Annual statistical returns and brief notes on vaccination in Bengal - 1887-1898
Year: 1887
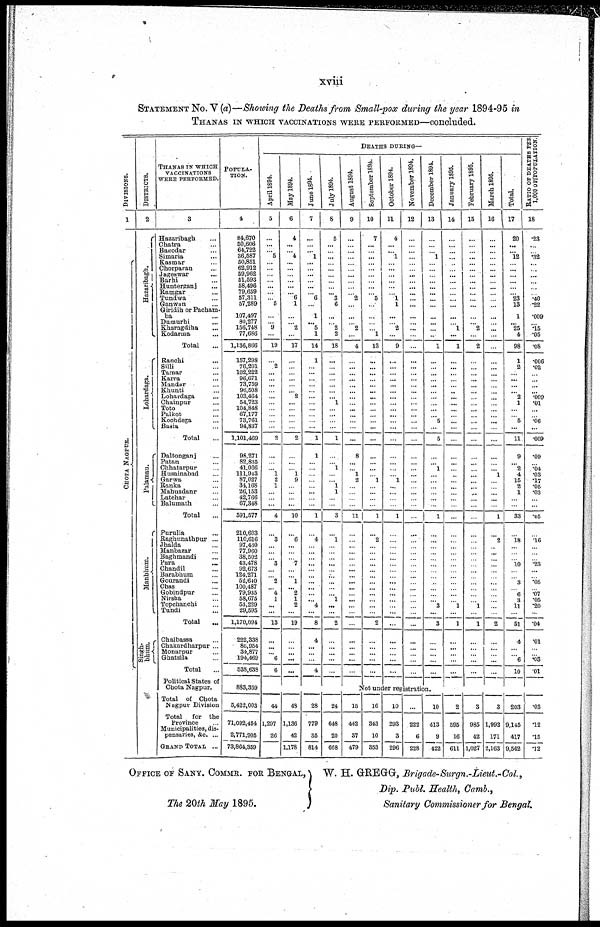
xviii
STATEMENT No. V (a)—Showing the Deaths from Small-pox during the year 1894-95 in
THANAS IN WHICH VACCINATIONS WERE PERFORMED—concluded.
DIVISIONS.
1
CHOTA NAGPUR.
DISTRICTS.
2
Hazaribagh.
Lohardaga.
Palamau.
Manbhum.
Singh-
bhum.
THANAS IN WHICH
VACCINATIONS
WERE PERFORMED.
3
Hazaribagh ...
Chatra ...
Bagodar ...
Simaria ...
Kasmar ...
Chorparan ...
Jageswar ...
Barhi ...
Hunterganj ...
Ramgar ...
Tundwa ...
Ganwan ...
Giridih or Pacham-
ba ...
Dumurhi ...
Kharagdiha ...
Kodarma ...
Total ...
Ranchi ...
Silli ...
Tamar ...
Karra ...
Mandar ...
Khunti ...
Lohardaga ...
Chainpur ...
Toto ...
Palkot ...
Kochdega ...
Basia ...
Total ...
Daltonganj ...
Patan ...
Chhatarpur ...
Husainabad ...
Garwa ...
Ranka ...
Mahuadanr ...
Latehar ...
Balumath ...
Total ...
Purulia ...
Raghunathpur ...
Jhalda ...
Manbazar ...
Baghmandi ...
Para ...
Chandil ...
Barabhum ...
Gourandi ...
Chas ...
Gobindpur ...
Nirsha ...
Topchanchi ...
Tundi ...
Total ...
Chaibassa ...
Chakardharpur ...
Monarpur ...
Ghatsila ...
Total ...
Political States of
Chota Nagpur.
Total of Chota
Nagpur Division
Total for the
Province ...
Municipalities, dis-
pensaries, &c. ...
GRAND TOTAL ...
POPULA-
TION.
4
84,670
50,606
64,722
36,587
50,851
62,912
59,962
51,593
58,496
79,659
57,311
57,289
107,497
80,277
156,748
77,686
1,136,866
157,298
76,201
102,222
96,671
73,759
96,508
103,464
54,723
104,848
67,177
73,761
94,837
1,101,469
98,271
82,835
41,066
111,943
87,027
34,168
26,153
42,766
67,348
591,577
210,603
110,616
97,430
77,960
38,502
43,478
92,673
124,271
52,640
100,487
79,935
58,675
53,229
29,595
1,170,094
222,338
86,954
34,877
194,469
538,638
883,359
5,422,003
71,092,454
2,771,905
73,864,359
DEATHS DURING—
April 1894.
5
...
...
...
5
...
...
...
...
...
...
...
5
...
...
9
...
19
...
2
...
...
...
...
...
...
...
...
...
...
2
...
...
... 1
2
1
...
...
...
4
...
3
...
...
...
3
...
...
2
...
4
1
...
...
13
...
...
...
6
6
May 1894.
6
4
...
... 4
...
...
...
... ...
...
6
1
...
...
2
...
17
...
...
...
...
...
...
2
...
...
...
...
...
2
...
...
... 1
9
...
...
...
...
10
...
6
...
...
...
7
...
...
1
... 2
1
2
...
19
...
...
...
...
...
June 1894.
7
...
...
... 1
...
...
...
...
...
...
6
...
1
... 5
1
14
1
...
...
...
...
...
...
...
...
...
...
...
1
1
...
...
...
...
...
...
...
...
1
...
4
...
...
...
...
...
...
...
...
...
... 4
...
8
4
...
...
...
4
July 1894.
8
5
...
...
...
...
...
...
...
...
... 3
6
...
...
2
2
18
...
...
...
...
...
...
... 1
...
...
...
...
1
...
... 1
...
... 1
1
...
...
3
...
1
...
...
...
...
...
...
...
...
... 1
...
...
2
...
...
...
...
...
August 1894.
9
...
...
...
...
...
...
...
...
...
...
2
...
...
...
2
...
4
...
...
...
...
...
...
...
...
...
...
...
...
...
8
...
... 1
2
...
...
...
...
11
...
...
...
...
...
...
...
...
...
...
...
...
...
...
...
...
...
...
...
...
September 1894.
10
7
...
...
...
...
...
...
...
...
...
5
...
...
...
...
1
13
...
...
...
...
...
... ...
...
...
...
...
...
...
...
...
...
...
1
...
...
...
...
1
...
2
...
...
...
...
...
...
...
...
...
...
...
...
2
...
...
...
...
...
October 1894.
11
4
...
... 1
...
...
...
...
...
...
1
1
...
...
2
...
9
...
...
...
...
...
...
...
...
...
...
...
...
...
...
...
...
... 1
...
...
...
...
1
...
...
...
...
...
...
...
...
...
...
...
...
...
...
...
...
...
...
...
...
November 1894.
12
...
...
...
...
...
...
...
...
...
...
...
...
...
...
...
...
...
...
...
...
...
...
...
...
...
...
...
...
...
...
...
...
...
...
...
...
...
...
...
...
...
...
...
...
...
...
...
...
...
...
...
...
...
...
...
...
...
...
...
...
December 1894.
13
...
...
... 1
...
...
...
...
...
...
...
...
...
...
...
...
1
...
...
...
...
...
...
...
...
...
...
5
...
5
...
...
1
...
...
...
...
...
...
1
...
...
...
...
...
...
...
...
...
...
...
...
3
...
3
...
...
...
...
...
January 1895.
14
...
...
...
...
...
...
... ...
...
...
...
...
...
...
1
...
1
...
...
...
...
...
...
...
...
...
...
...
...
...
...
...
...
...
...
...
...
...
...
...
...
...
...
...
...
...
...
...
...
...
...
...
1
...
1
...
...
...
...
...
February 1895.
15
...
...
...
...
...
...
... ...
...
...
...
...
...
... 2
...
2
...
...
...
...
...
...
...
...
...
...
...
...
...
...
...
...
...
...
...
...
...
...
...
...
...
...
...
...
...
...
...
...
...
...
...
1
...
1
...
...
...
...
...
March 1895.
16
...
...
...
...
...
...
...
...
...
...
...
...
...
...
...
...
...
...
...
...
...
...
...
...
...
...
...
...
...
...
...
...
... 1
...
...
...
...
...
1
...
2
...
...
...
...
...
...
...
...
...
...
...
...
2
...
...
...
...
...
Total.
17
20
...
... 12
...
...
...
...
...
...
23
13
1
... 25
4
98
1
2
...
...
...
...
2
1
...
...
5
...
11
9
... 2
4
15
2
1
...
...
33
...
18
...
...
...
10
...
...
3
...
6
3
11
...
51
4
...
...
6
10
RATIO OF DEATHS PER
1,000 OF POPULATION.
18
.23
...
...
.32
...
...
...
...
...
...
.40
.22
.009
...
.15
.05
.08
.006
.02
...
...
...
...
.009
.01
...
...
.06
...
.009
.09
...
.04
.03
.17
.05
.03
...
...
.05
...
.16
...
...
...
.23
...
...
.05
...
.07
.05
.20
...
.04
.01
...
...
.03
.01
Not under registration.
44
1,297
26
48
1,136
42
1,178
28
779
35
814
24
648
20
668
15
442
37
479
16
343
10
353
10
293
3
296
...
222
6
228
10
413
9
422
2
595
16
611
3
985
42
1,027
3
1,992
171
2,163
203
9,145
417
9,562
.03
.12
.15
.12
OFFICE OF SANY. COMMR. FOR BENGAL,
The 20th May 1895.
W. H. GREGG , Brigade-Surgn.-Lieut.-Col.,
Dip. Publ. Health, Camb.,
Sanitary Commissioner for Bengal.